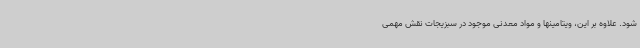
شود. علاوه بر این، ویتامینها و مواد معدنی موجود در سبزیجات نقش مهمی